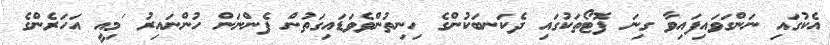
އެކުގައި ނަންގަވައިފައިވާ ގިނަ ފޮޓޯތަކުގައި ދެކަނބަކުންގެ ހިނިތުންވެވަޑައިގަތުން ފެންނަން ހުންނައިރު 'މިއީ އަހަރެންގެ